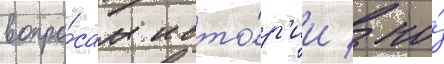
вопро́сам исто́р'ии / по́